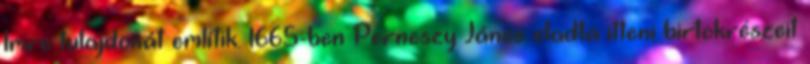
Imre tulajdonát említik. 1665-ben Perneszy János eladta itteni birtokrészeit